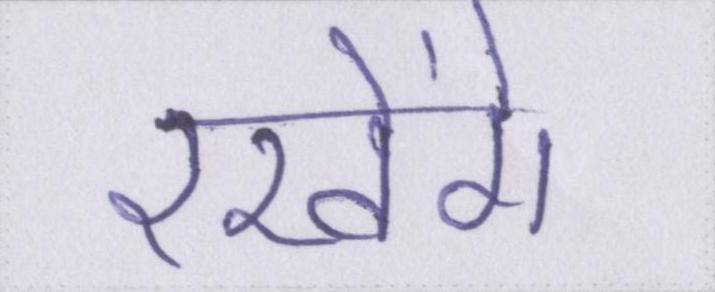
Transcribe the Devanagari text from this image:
रखेंगे।